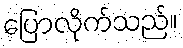
ပြောလိုက်သည်။